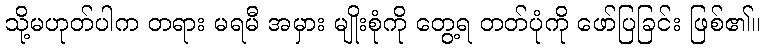
သို့မဟုတ်ပါက တရား မရမီ အမှား မျိုးစုံကို တွေ့ရ တတ်ပုံကို ဖော်ပြခြင်း ဖြစ်၏။